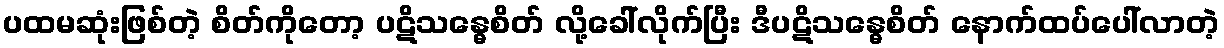
ပထမဆုံးဖြစ်တဲ့ စိတ်ကိုတော့ ပဋိသန္ဓေစိတ် လို့ခေါ်လိုက်ပြီး ဒီပဋိသန္ဓေစိတ် နောက်ထပ်ပေါ်လာတဲ့